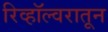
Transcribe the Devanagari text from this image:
रिव्हॉल्वरातून